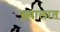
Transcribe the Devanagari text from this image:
ख़्यालात